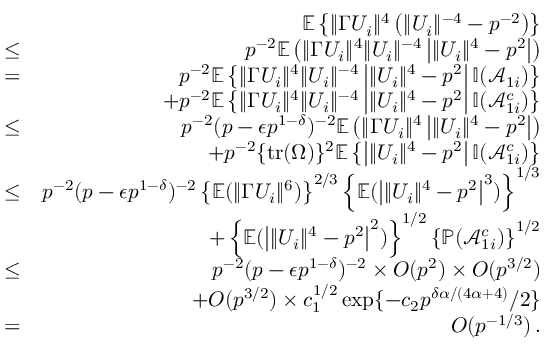
\begin{array} { r l r } & { } & { { \mathbb { E } } \left\{ \| \Gamma U _ { i } \| ^ { 4 } \left( \| U _ { i } \| ^ { - 4 } - p ^ { - 2 } \right) \right\} } \\ & { \leq } & { p ^ { - 2 } { \mathbb { E } } \left( \| \Gamma U _ { i } \| ^ { 4 } \| U _ { i } \| ^ { - 4 } \left| \| U _ { i } \| ^ { 4 } - p ^ { 2 } \right| \right) } \\ & { = } & { p ^ { - 2 } { \mathbb { E } } \left\{ \| \Gamma U _ { i } \| ^ { 4 } \| U _ { i } \| ^ { - 4 } \left| \| U _ { i } \| ^ { 4 } - p ^ { 2 } \right| { \mathbb { I } } ( \mathcal { A } _ { 1 i } ) \right\} } \\ & { } & { + p ^ { - 2 } { \mathbb { E } } \left\{ \| \Gamma U _ { i } \| ^ { 4 } \| U _ { i } \| ^ { - 4 } \left| \| U _ { i } \| ^ { 4 } - p ^ { 2 } \right| { \mathbb { I } } ( \mathcal { A } _ { 1 i } ^ { c } ) \right\} } \\ & { \leq } & { p ^ { - 2 } ( p - \epsilon p ^ { 1 - \delta } ) ^ { - 2 } { \mathbb { E } } \left( \| \Gamma U _ { i } \| ^ { 4 } \left| \| U _ { i } \| ^ { 4 } - p ^ { 2 } \right| \right) } \\ & { } & { + p ^ { - 2 } \{ \mathrm { t r } ( \Omega ) \} ^ { 2 } { \mathbb { E } } \left\{ \left| \| U _ { i } \| ^ { 4 } - p ^ { 2 } \right| { \mathbb { I } } ( \mathcal { A } _ { 1 i } ^ { c } ) \right\} } \\ & { \leq } & { p ^ { - 2 } ( p - \epsilon p ^ { 1 - \delta } ) ^ { - 2 } \left\{ { \mathbb { E } } ( \| \Gamma U _ { i } \| ^ { 6 } ) \right\} ^ { 2 / 3 } \left\{ { \mathbb { E } } ( \left| \| U _ { i } \| ^ { 4 } - p ^ { 2 } \right| ^ { 3 } ) \right\} ^ { 1 / 3 } } \\ & { } & { + \left\{ { \mathbb { E } } ( \left| \| U _ { i } \| ^ { 4 } - p ^ { 2 } \right| ^ { 2 } ) \right\} ^ { 1 / 2 } \left\{ { \mathbb { P } } ( \mathcal { A } _ { 1 i } ^ { c } ) \right\} ^ { 1 / 2 } } \\ & { \leq } & { p ^ { - 2 } ( p - \epsilon p ^ { 1 - \delta } ) ^ { - 2 } \times O ( p ^ { 2 } ) \times O ( p ^ { 3 / 2 } ) } \\ & { } & { + O ( p ^ { 3 / 2 } ) \times c _ { 1 } ^ { 1 / 2 } \exp \{ - c _ { 2 } p ^ { \delta \alpha / ( 4 \alpha + 4 ) } / 2 \} } \\ & { = } & { O ( p ^ { - 1 / 3 } ) \, . } \end{array}